Leningradi_Edasi_toimetus, lk 78
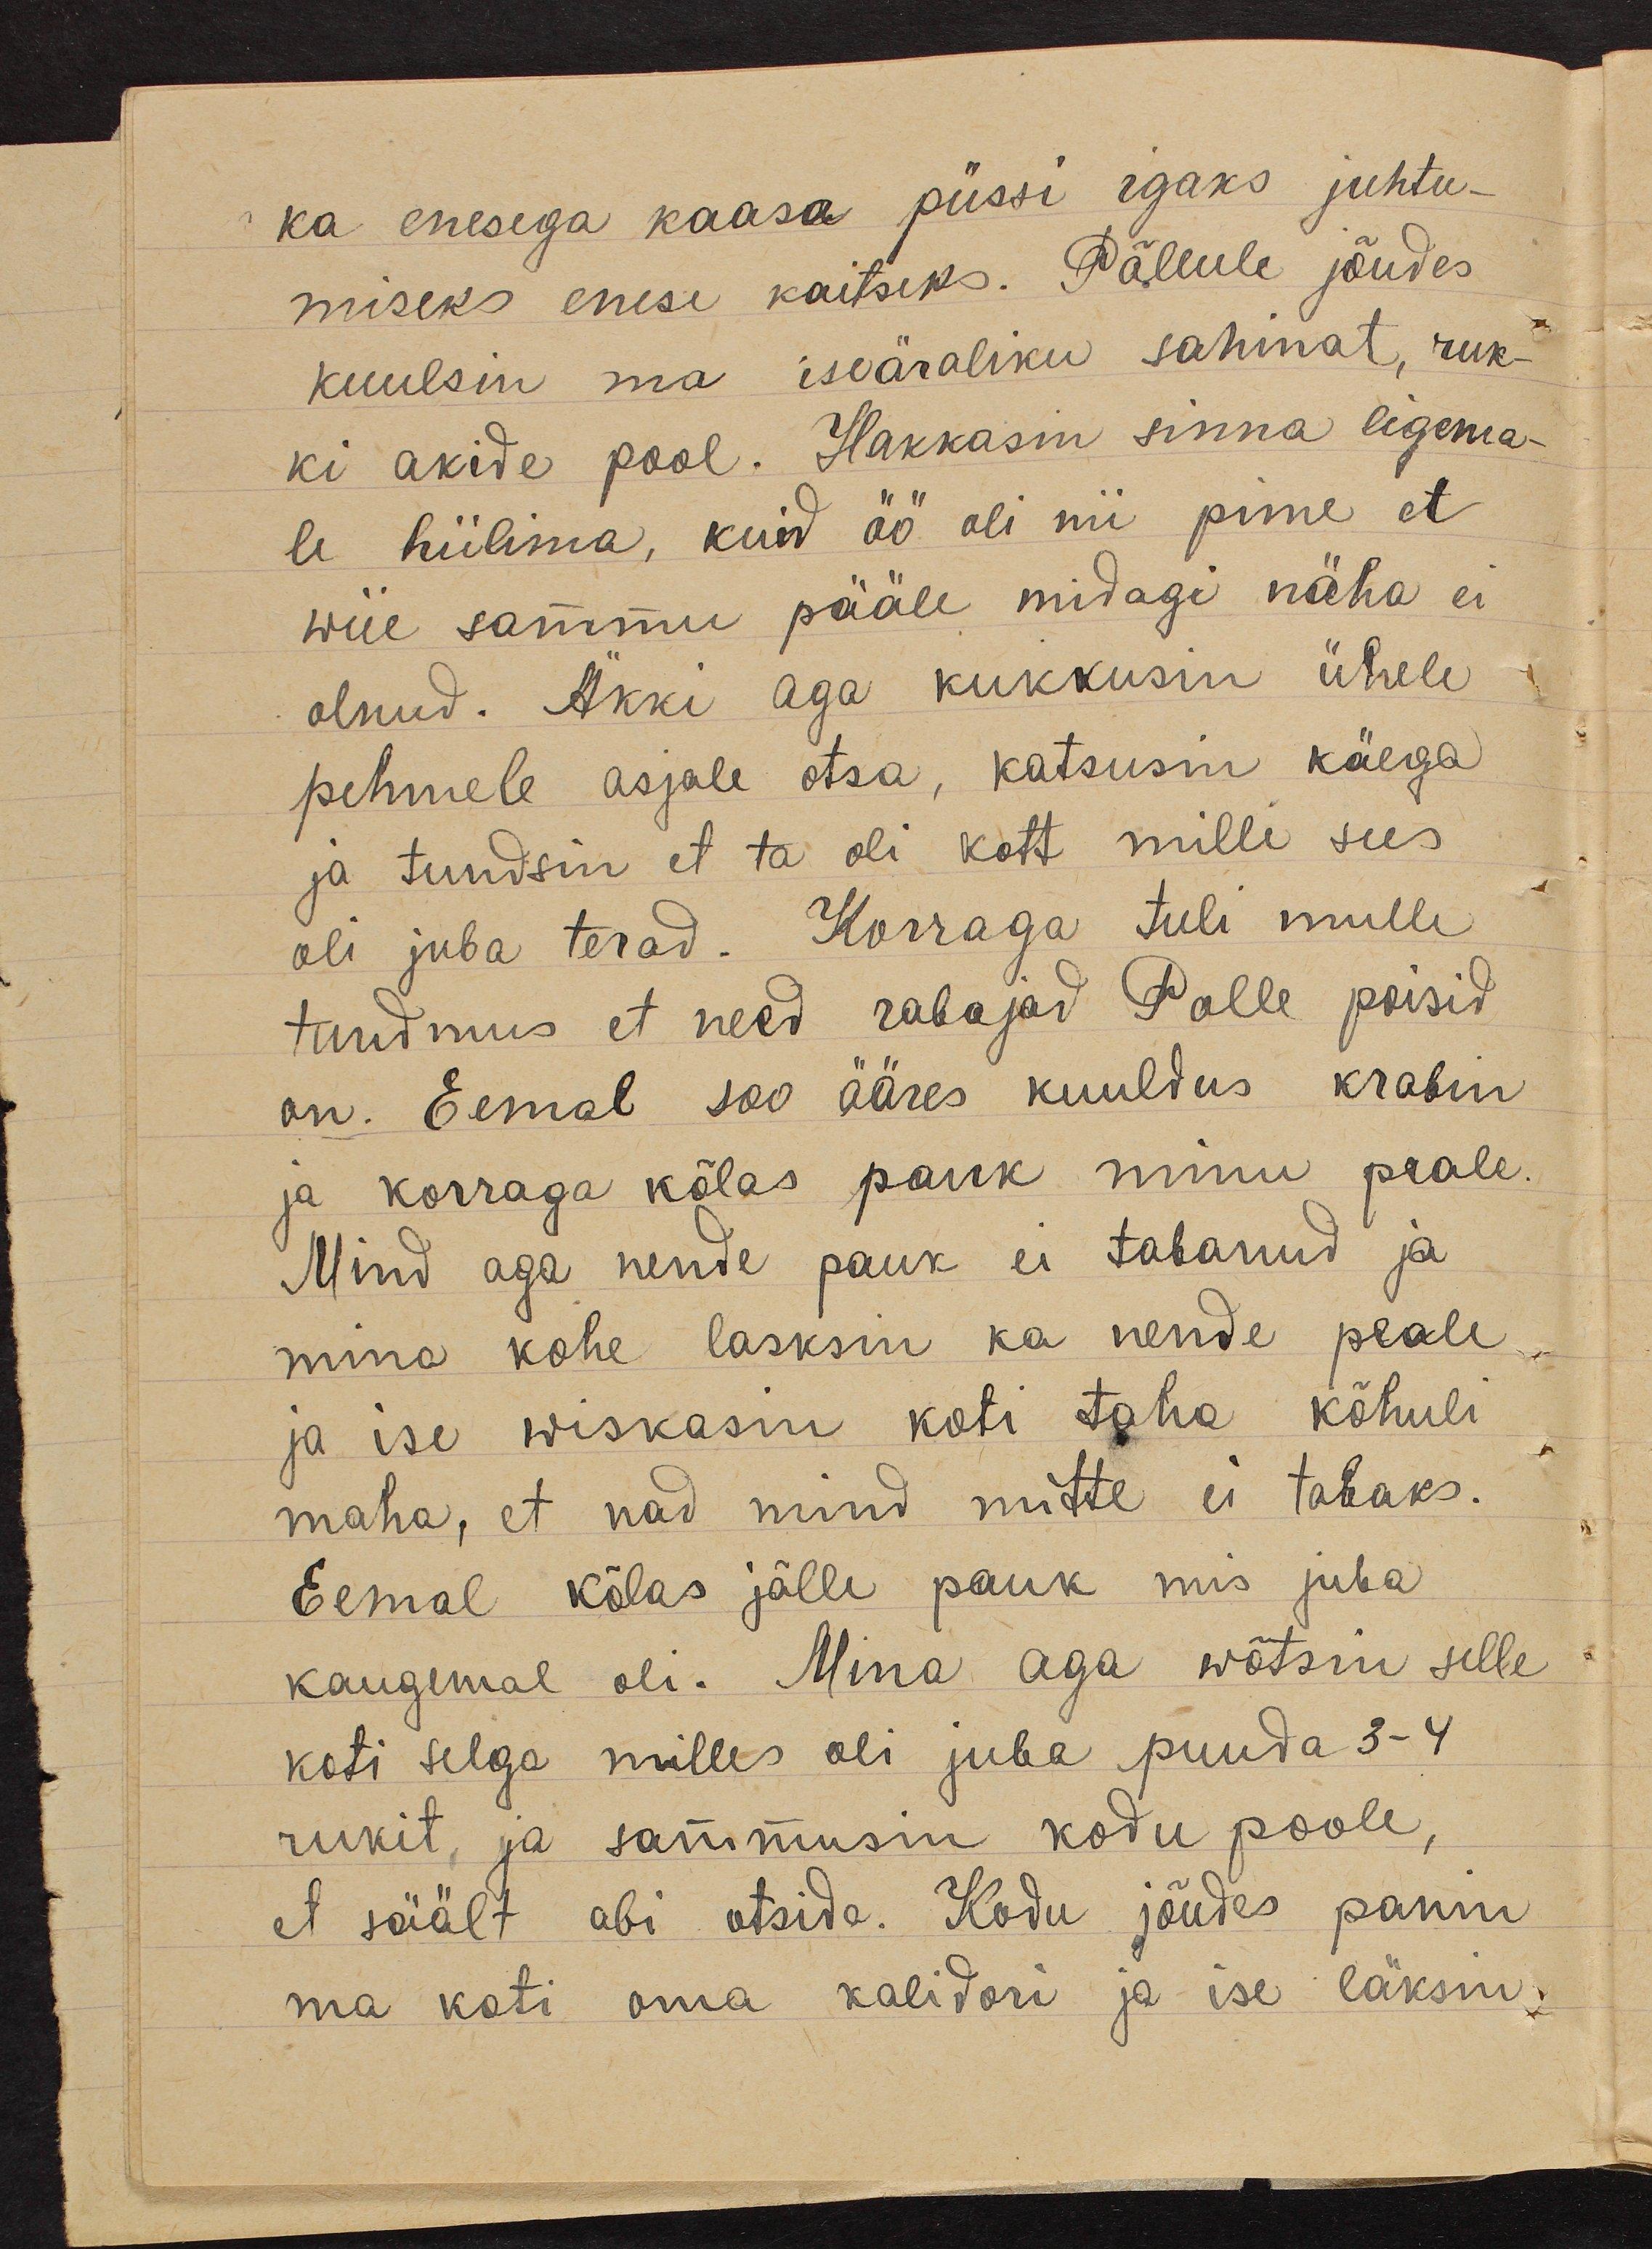
ka enesega kaasa püssi igaks juhtu-
miseks enese kaitseks. Põllule jõudes
kuulsin ma iseäraliku sahinat, ruk-
ki akide pool. Hakkasin sinna ligema-
le hiilima, kuid öö oli nii pime et
wiie sammu pääle midagi näha ei
olnud. Äkki aga kukkusin ühele
pehmele asjale otsa, katsusin käega
ja tundsin et ta oli kott milli sees
oli juba terad. Korraga tuli mulle
tundmus et need rabajad Polle poisid
on. Eemal soo ääres kuuldus krabin
ja korraga kõlas pauk minu peale.
Mind aga nende pauk ei tabanud ja
mina kohe lasksin ka nende peale
ja ise wiskasin koti taha kõhuli
maha, et nad mind mitte ei tabaks.
Eemal kõlas jälle pauk mis juba
kaugemal oli. Mina aga wõtsin selle
koti selga milles oli juba puuda 3-4
rukit, ja sammusin kodu poole,
et säält abi otsida. Kodu jõudes panin
ma koti oma kalidori ja ise läksin